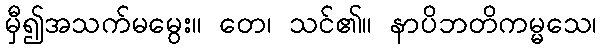
မှီ၍အသက်မမွေး။ တေ၊ သင်၏။ နာပိဘတိကမ္မသေ၊